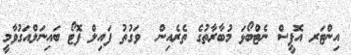
އިންޓަރ އޮފީސް ނެޓްބޯޅަ މުބާރާތުގެ ތެރެއިން  ވަގުތު ފައިލް ފޮޓޯ ބައިނަލްއަގުވާމީ